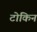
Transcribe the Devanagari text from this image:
टोकिन